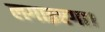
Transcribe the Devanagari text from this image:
लगाइएगा।